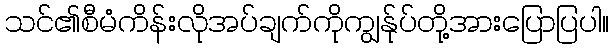
သင်၏စီမံကိန်းလိုအပ်ချက်ကိုကျွန်ုပ်တို့အားပြောပြပါ။